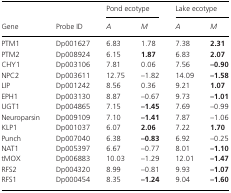
|  |  | <COLSPAN=2> Pond ecotype | <COLSPAN=2> Lake ecotype |
 | Gene | Probe ID | A | M | A | M |
 | --- | --- | --- | --- | --- | --- |
 | PTM1 | Dp001627 | 6.83 | 1.78 | 7.38 | 2.31 |
 | PTM2 | Dp008924 | 6.15 | 1.87 | 6.83 | 2.07 |
 | CHY1 | Dp003106 | 7.81 | 0.06 | 7.56 | –0.90 |
 | NPC2 | Dp003611 | 12.75 | –1.82 | 14.09 | –1.58 |
 | LIP | Dp001242 | 8.56 | 0.36 | 9.21 | 1.07 |
 | EPH1 | Dp003130 | 8.87 | –0.67 | 9.73 | –1.01 |
 | UGT1 | Dp004865 | 7.15 | –1.45 | 7.69 | –0.99 |
 | Neuroparsin | Dp009109 | 7.10 | –1.41 | 7.87 | –1.06 |
 | KLP1 | Dp001037 | 6.07 | 2.06 | 7.22 | 1.70 |
 | Punch | Dp007040 | 6.38 | –0.83 | 6.92 | –0.25 |
 | NAT1 | Dp005397 | 6.67 | –0.77 | 8.01 | –1.10 |
 | tMOX | Dp006883 | 10.03 | –1.29 | 12.01 | –1.47 |
 | RFS2 | Dp004320 | 8.99 | –0.81 | 9.93 | –1.07 |
 | RFS1 | Dp000454 | 8.35 | –1.24 | 9.04 | –1.60 |